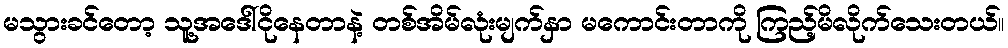
မသွားခင်တော့ သူ့အဒေါ်ငိုနေတာနဲ့ တစ်အိမ်လုံးမျက်နှာ မကောင်းတာကို ကြည့်မိလိုက်သေးတယ်။